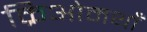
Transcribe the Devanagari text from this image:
क्रिओमथाँ